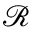
\mathcal { R }